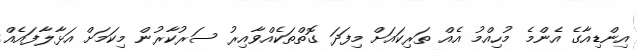
އިންޑިއާގެ އެންމެ މުހިއްމު އެއް ތަރިކައަށް މިފަދަ ގޮތްތަކެއްވާއިރު ސަރުކާރުން މިކަމަށް އަޅާލާފައެއް